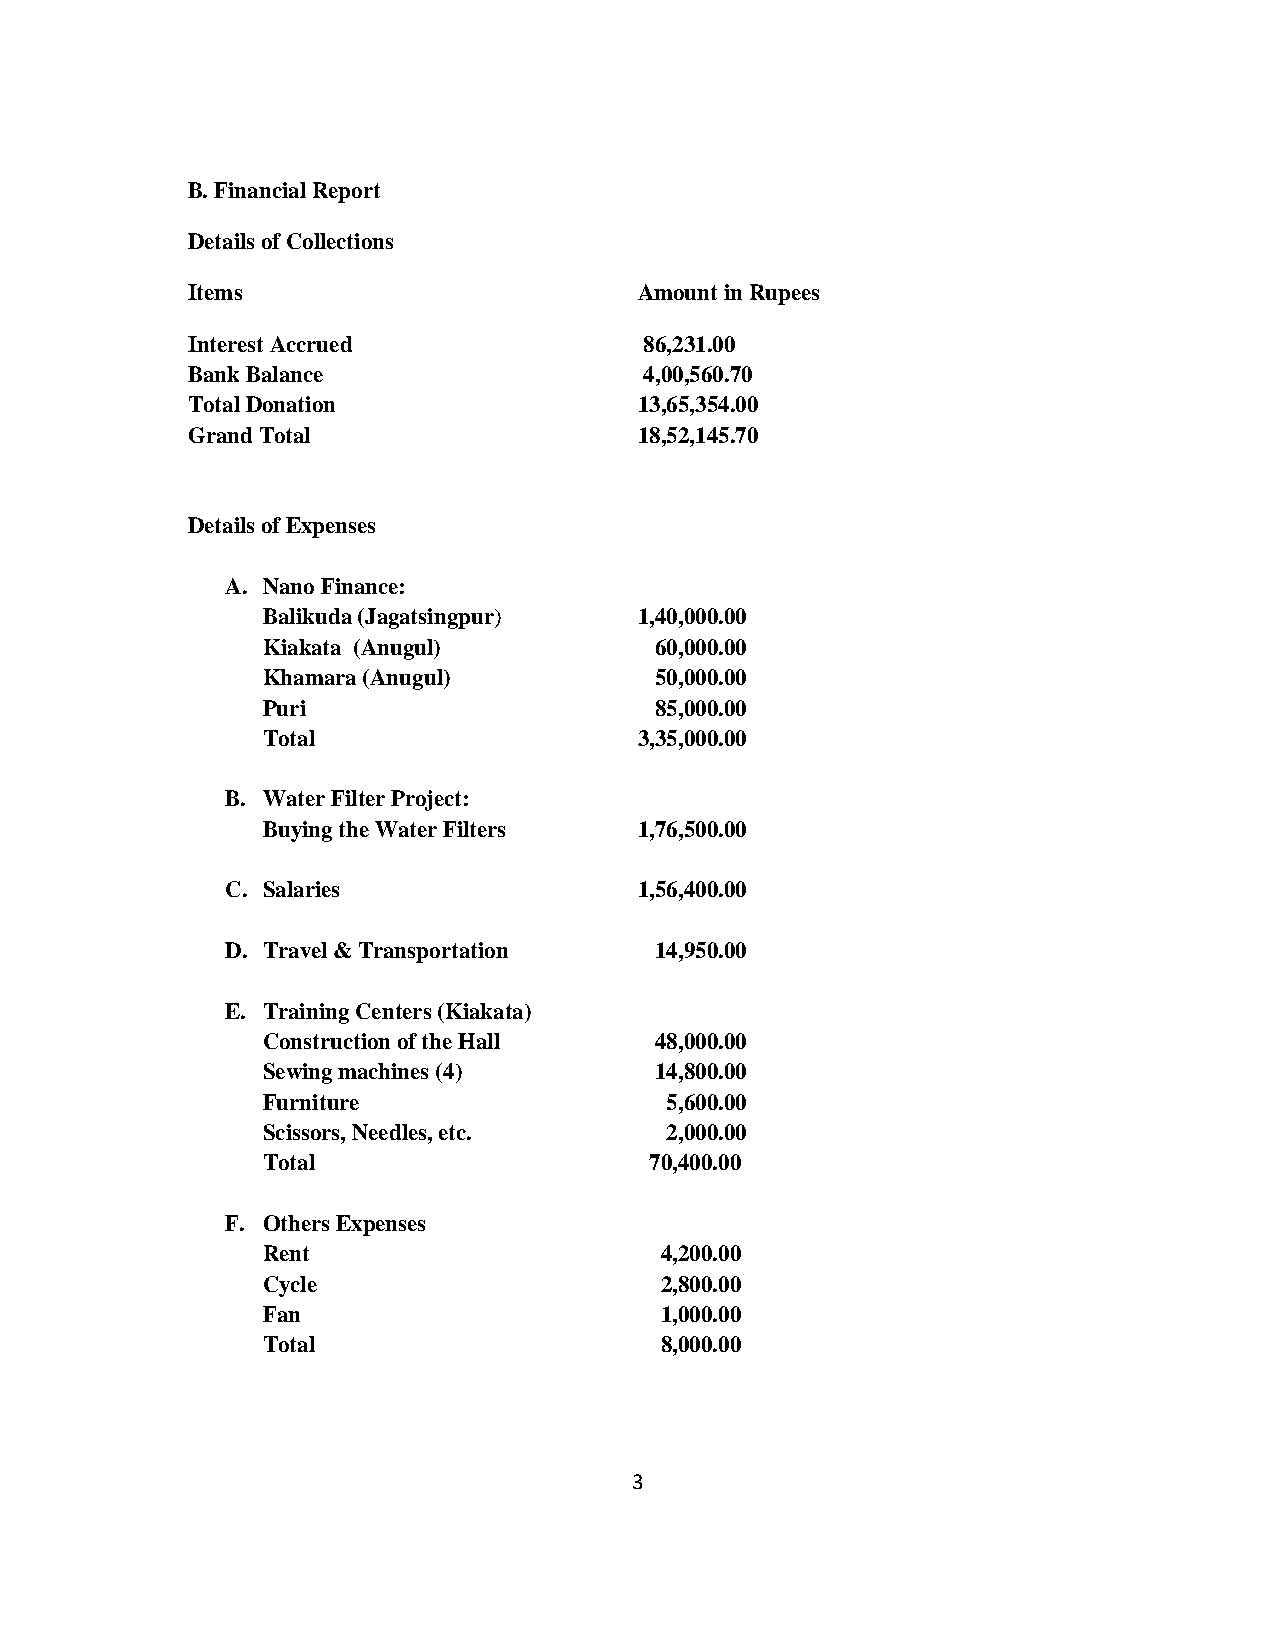
B. Financial Report
 Details of Collections
 Items                         Amount in Rupees
 Interest Accrued               86,231.00
 Bank Balance                   4,00,560.70
 Total Donation                13,65,354.00
 Grand Total                   18,52,145.70
 Details of Expenses
 A. Nano Finance:
 Balikuda (Jagatsingpur)  1,40,000.00
 Kiakata (Anugul)          60,000.00
 Khamara (Anugul)          50,000.00
 Puri                      85,000.00
 Total                    3,35,000.00
 B. Water Filter Project:
 Buying the Water Filters 1,76,500.00
 C. Salaries                1,56,400.00
 D. Travel & Transportation  14,950.00
 E. Training Centers (Kiakata)
 Construction of the Hall  48,000.00
 Sewing machines (4)       14,800.00
 Furniture                  5,600.00
 Scissors, Needles, etc.    2,000.00
 Total                     70,400.00
 F. Others Expenses
 Rent                       4,200.00
 Cycle                      2,800.00
 Fan                        1,000.00
 Total                      8,000.00
 3